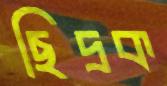
ছিদ্রক